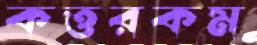
কত্তরকম